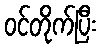
ဝင်တိုက်ပြီး